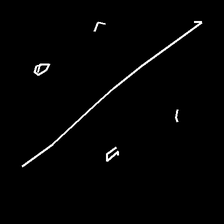
Glyph: cool